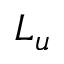
L _ { u }